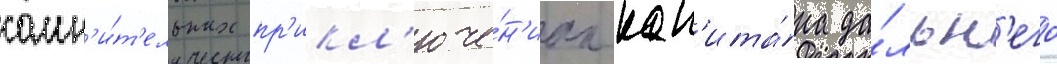
сомн'и́т'ельных пр'икл'юче́н'иах кап'ита́на да́льн'его